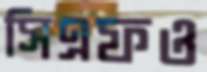
সিএফও